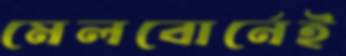
মেলবোর্নেই